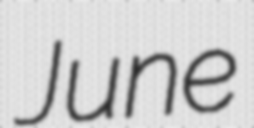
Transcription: June